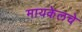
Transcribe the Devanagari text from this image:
मायकेलचे